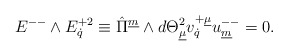
\begin{align*}{E}^{--} \wedge {E}^{+2}_{\dot{q}} \equiv \hat{\Pi}^{\underline{m}} \wedge d{\Theta}^2_{\underline{\mu}} v^{+\underline{\mu}}_{\dot{q}} u^{--}_{\underline{m}}=0. \qquad\end{align*}